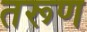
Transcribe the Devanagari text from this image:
तरूण